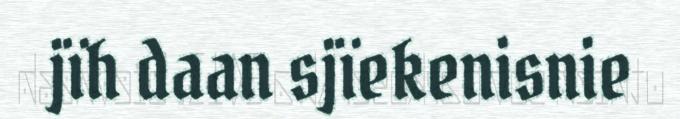
jïh daan sjïekenisnie